Civil Veterinary Dept. North-West Frontier Province 1901-22 - 1901-1922
Year: 1901
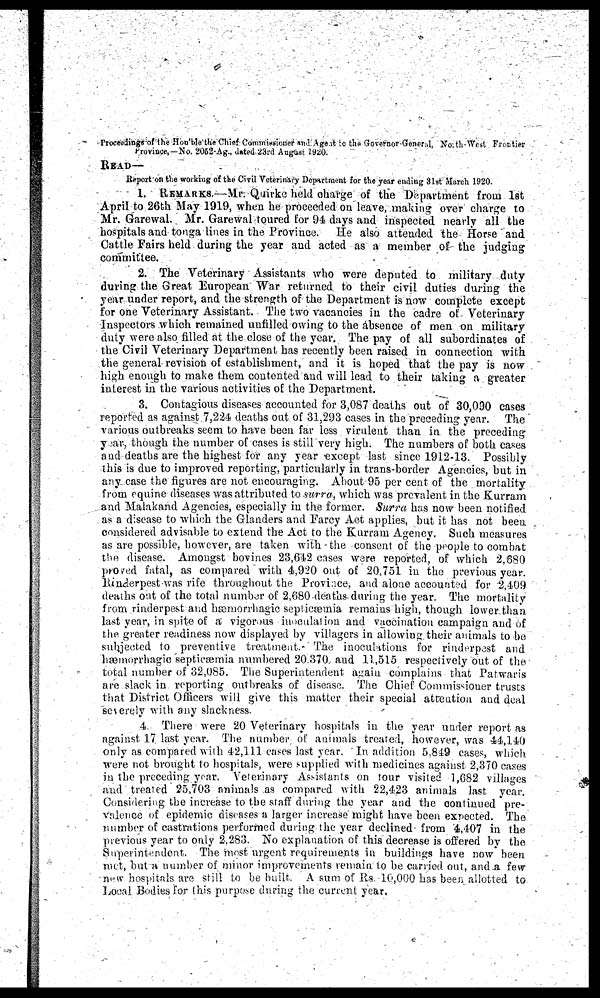
Proceedings of the Hon'ble the Chief Commissioner and Agent to the Governor General, North-West Frontier
Province.-No. 2062-Ag., dated 23rd August 1920.
READ—
Report on the working of the Civil Veterinary Department for the year ending 31st March 1920.
1. REMARKS.—Mr. Quirke held charge of the Department from 1st
April to 26th May 1919, when he proceeded on leave, making over charge to
Mr. Garewal. Mr. Garewal toured for 94 days and inspected nearly all the
hospitals and tonga lines in the Province. He also attended the Horse and
Cattle Fairs held during the year and acted as a member of the judging
committee.
2. The Veterinary Assistants who were deputed to military duty
during the Great European War returned to their civil duties during the
year under report, and the strength of the Department is now complete except
for one Veterinary Assistant. The two vacancies in the cadre of Veterinary
Inspectors which remained unfilled owing to the absence of men on military
duty were also filled at the close of the year. The pay of all subordinates of
the Civil Veterinary Department has recently been raised in connection with
the general revision of establishment, and it is hoped that the pay is now
high enough to make them contented and will lead to their taking a greater
interest in the various activities of the Department.
3. Contagious diseases accounted for 3,087 deaths out of 30,090 cases
reported as against 7,224 deaths out of 31,293 cases in the preceding year. The
various outbreaks seem to have been far less virulent than in the preceding
year, though the number of cases is still very high. The numbers of both cases
and deaths are the highest for any year except last since 1912-13. Possibly
this is due to improved reporting, particularly in trans-border Agencies, but in
any case the figures are not encouraging. About 95 per cent of the mortality
from equine diseases was attributed to surra, which was prevalent in the Kurram
and Malakand Agencies, especially in the former. Surra has now been notified
as a disease to which the Glanders and Farcy Act applies, but it has not been
considered advisable to extend the Act to the Kurram Agency. Such measures
as are possible, however, are taken with the consent of the people to combat
the disease. Amongst bovines 23,642 cases were reported, of which 2,680
proved fatal, as compared with 4,920 out of 20,751 in the previous year.
Rinderpest was rife throughout the Province, and alone accounted for 2,409
deaths out of the total number of 2,680 deaths during the year. The mortality
from rinderpest and hæmorrhagic septicæmia remains high, though lower than
last year, in spite of a vigorous inoculation and vaccination campaign and of
the greater readiness now displayed by villagers in allowing their animals to be
subjected to preventive treatment. The inoculations for rinderpest and
hæmorrhagic septicæmia numbered 20,370, and 11,515 respectively out of the
total number of 32,085. The Superintendent again complains that Patwaris
are slack in reporting outbreaks of disease. The Chief Commissioner trusts
that District Officers will give this matter their special attention and deal
severely with any slackness.
4. There were 20 Veterinary hospitals in the year under report as
against 17 last year. The number of animals treated, however, was 44,140
only as compared with 42,111 cases last year. In addition 5,849 cases, which
were not brought to hospitals, were supplied with medicines against 2,370 cases
in the preceding year. Veterinary Assistants on tour visited 1,682 villages
and treated 25,703 animals as compared with 22,423 animals last year.
Considering the increase to the staff during the year and the continued pre-
valence of epidemic diseases a larger increase might have been expected. The
number of castrations performed during the year declined from 4,407 in the
previous year to only 2,283. No explanation of this decrease is offered by the
Superintendent. The most urgent requirements in buildings have now been
met, but a number of minor improvements remain to be carried out, and a few
new hospitals are still to be built. A sum of Rs. 10,000 has been allotted to
Local Bodies for this purpose during the current year.